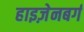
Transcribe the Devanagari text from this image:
हाइज़ेनबर्ग